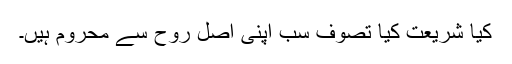
کیا شریعت کیا تصوف سب اپنی اصل روح سے محروم ہیں۔